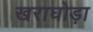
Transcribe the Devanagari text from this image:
खराघोड़ा